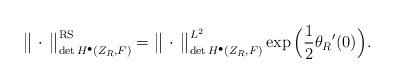
LaTeX: \begin{align*}\big\lVert\,\cdot\,\big\rVert^\mathrm{RS}_{\det H^\bullet(Z_R,F)} =\big\lVert\,\cdot\,\big\rVert^{L^2}_{\det H^\bullet(Z_R,F)}\exp\Big(\frac{1}{2}{\theta_R}'(0)\Big) .\end{align*}